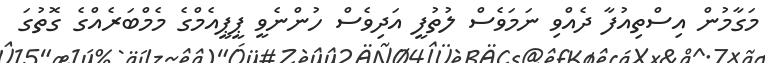
މަގާމުން އިސްތިއުފާ ދެއްވި ނަމަވެސް ލުތުފީ އަދިވެސް ހުންނެވީ ޕީޕީއެމްގެ މެމްބަރެއްގެ ގޮތުގަ